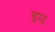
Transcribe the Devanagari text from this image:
इप